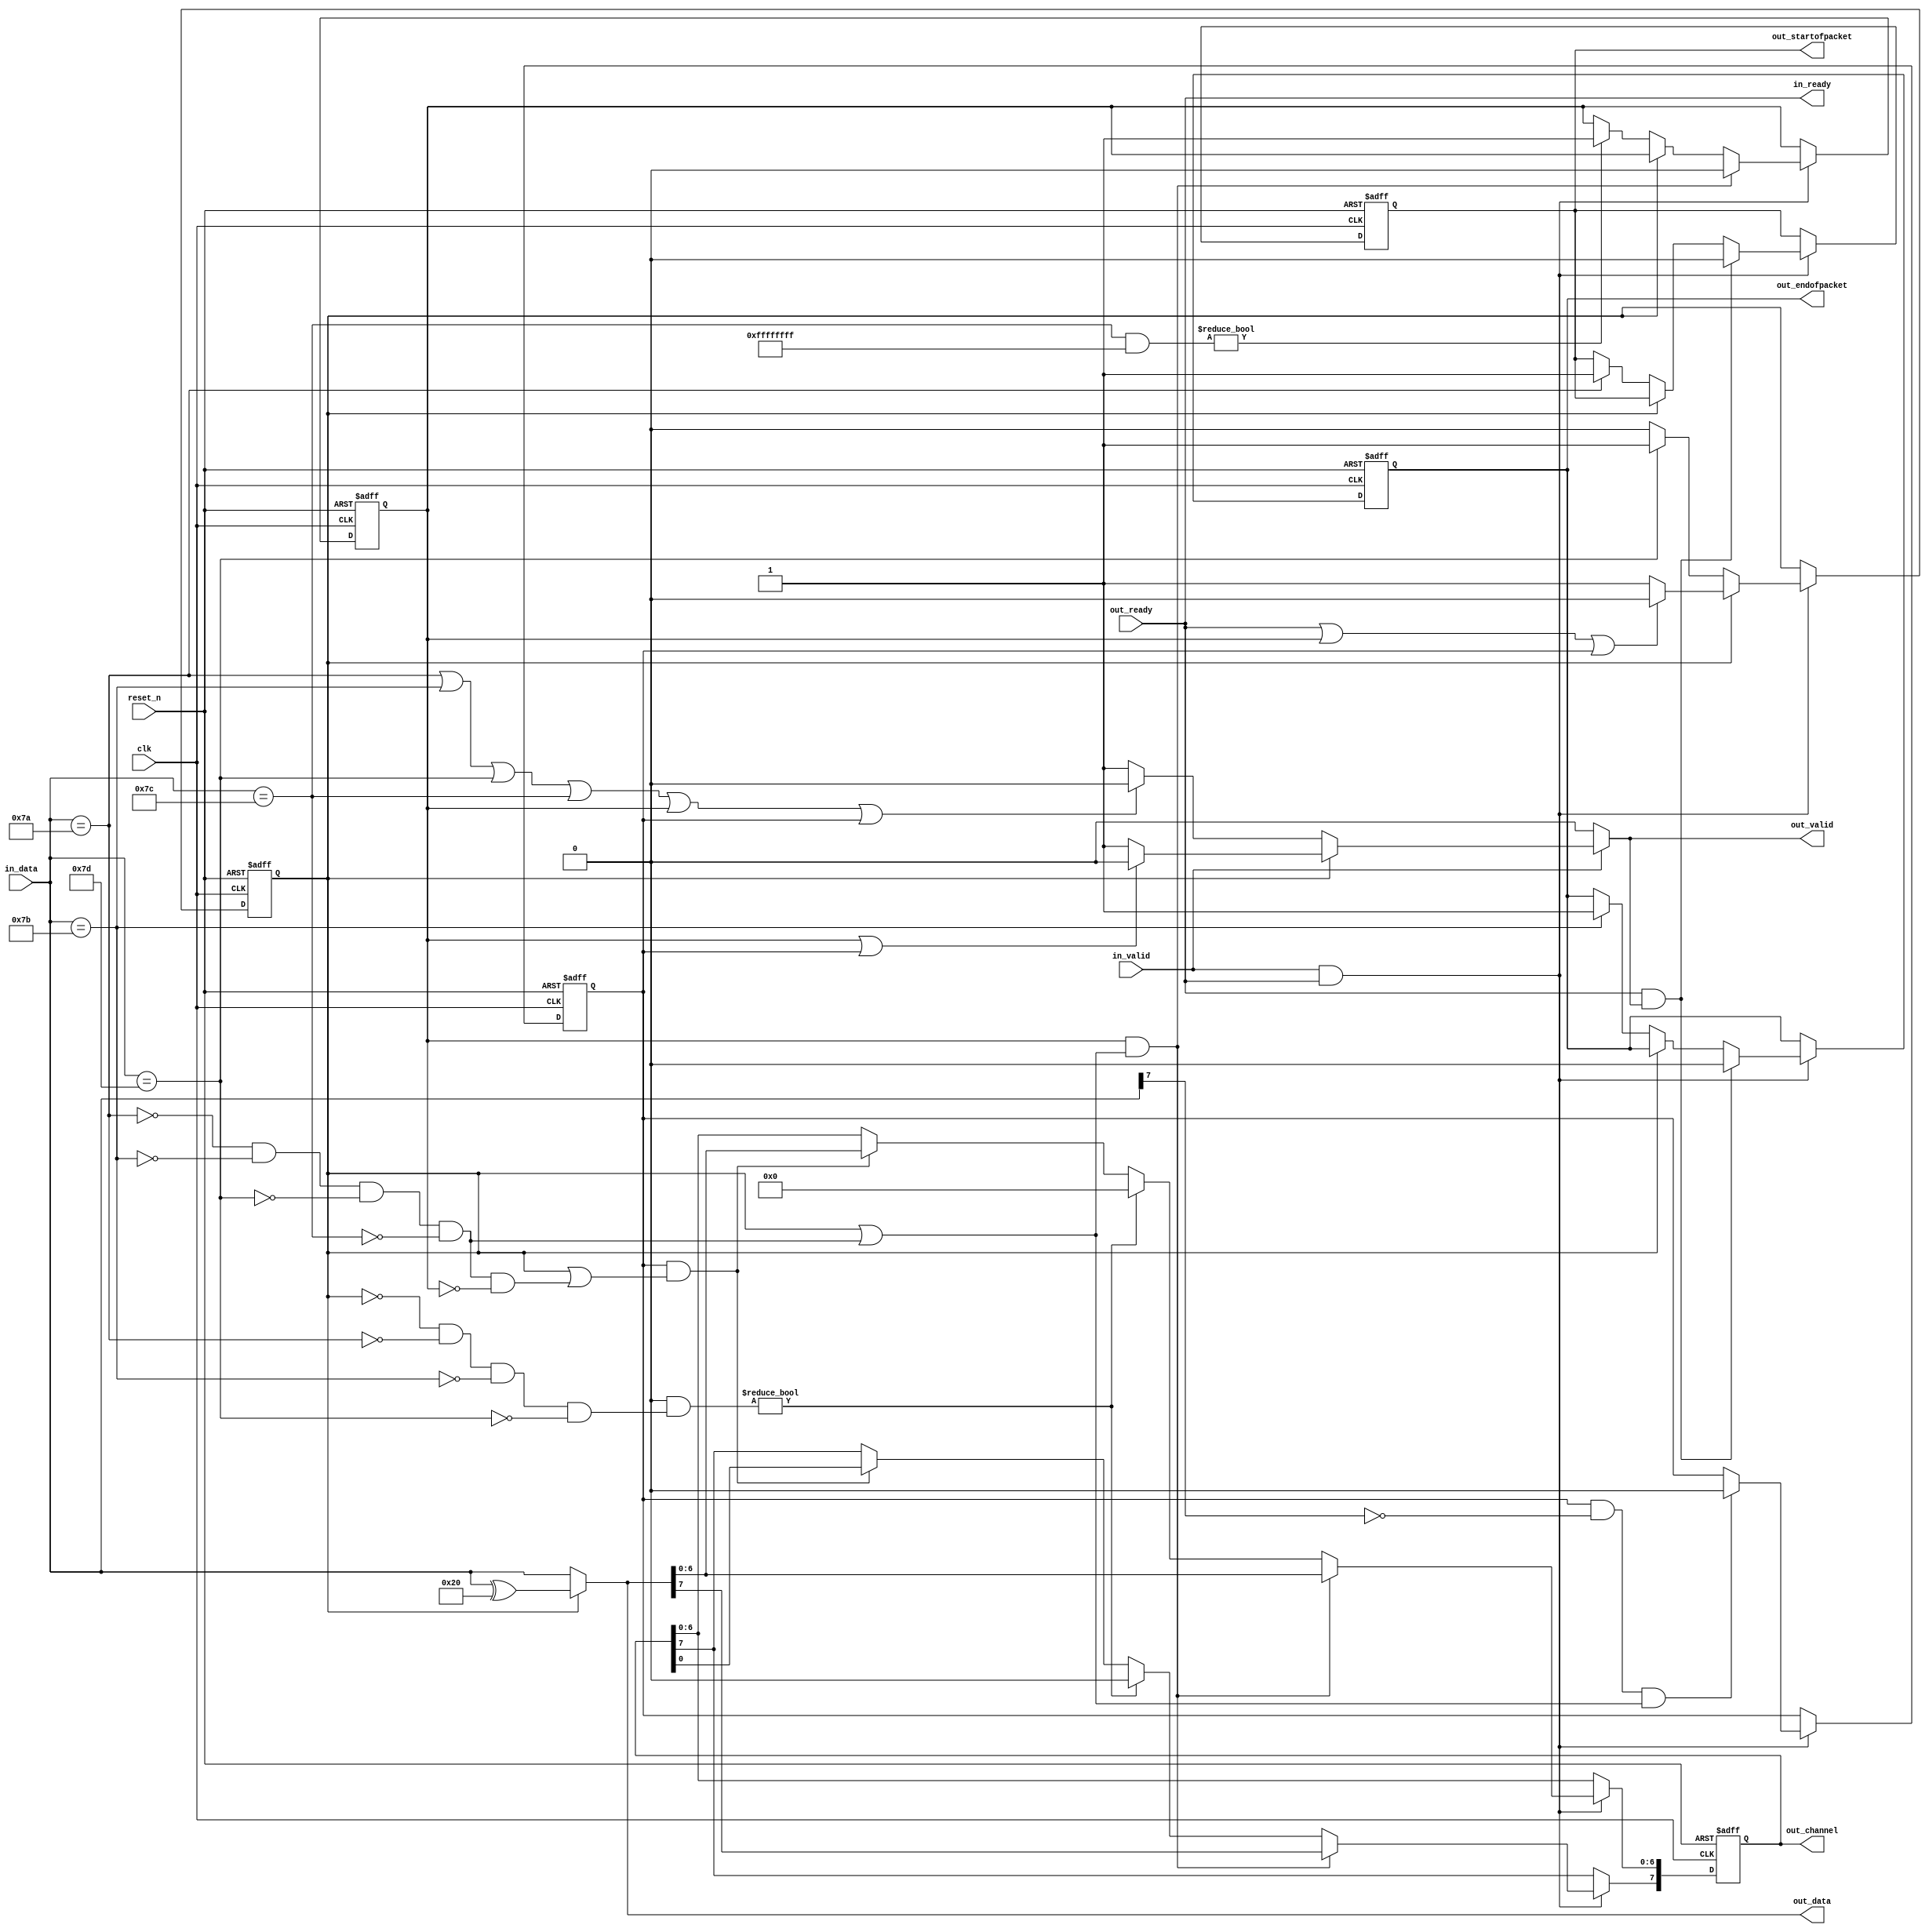
// --------------------------------------------------------------------------------
//| Avalon ST Bytes to Packet
// --------------------------------------------------------------------------------

`timescale 1ns / 100ps
module altera_avalon_st_bytes_to_packets
//if ENCODING ==0, CHANNEL_WIDTH must be 8 
//else CHANNEL_WIDTH can be from 0 to 127
#(    parameter CHANNEL_WIDTH = 8,
      parameter ENCODING      = 0 ) 
(
      // Interface: clk
      input              clk,
      input              reset_n,
      // Interface: ST out with packets
      input              out_ready,
      output reg         out_valid,
      output reg [7: 0]  out_data,
      output reg [CHANNEL_WIDTH-1: 0]  out_channel,
      output reg         out_startofpacket,
      output reg         out_endofpacket,

      // Interface: ST in 
      output reg         in_ready,
      input              in_valid,
      input      [7: 0]  in_data
);

   // ---------------------------------------------------------------------
   //| Signal Declarations
   // ---------------------------------------------------------------------

   reg  received_esc, received_channel, received_varchannel;
   wire escape_char, sop_char, eop_char, channel_char, varchannelesc_char;

   // data out mux.  
   // we need it twice (data & channel out), so use a wire here 
   wire [7:0] data_out;

   // ---------------------------------------------------------------------
   //| Thingofamagick
   // ---------------------------------------------------------------------

   assign sop_char     = (in_data == 8'h7a);
   assign eop_char     = (in_data == 8'h7b);
   assign channel_char = (in_data == 8'h7c);
   assign escape_char  = (in_data == 8'h7d);

   assign data_out = received_esc ? (in_data ^ 8'h20) : in_data;

generate
if (CHANNEL_WIDTH == 0) begin
    // Synchorous block -- reset and registers 
    always @(posedge clk or negedge reset_n) begin
      if (!reset_n) begin
         received_esc      <= 0;
         out_startofpacket <= 0;
         out_endofpacket   <= 0;
      end else begin
         // we take data when in_valid and in_ready
         if (in_valid & in_ready) begin
            if (received_esc) begin
               //if we got esc char, after next byte is consumed, quit esc mode
               if (out_ready) received_esc <= 0;
            end else begin
               if (escape_char)    received_esc      <= 1;
               if (sop_char)       out_startofpacket <= 1;
               if (eop_char)       out_endofpacket   <= 1;
            end
            if (out_ready  & out_valid) begin
               out_startofpacket <= 0;
               out_endofpacket   <= 0;
            end 
         end
      end
   end

   // Combinational block for in_ready and out_valid
   always @* begin
      //we choose not to pipeline here.  We can process special characters when
      //in_ready, but in a chain of microcores, backpressure path is usually
      //time critical, so we keep it simple here.
      in_ready = out_ready;

      //out_valid when in_valid, except when we are processing the special
      //characters.  However, if we are in escape received mode, then we are
      //valid
      out_valid = 0;
      if ((out_ready | ~out_valid) && in_valid) begin
         out_valid = 1;
            if (sop_char | eop_char | escape_char | channel_char) out_valid = 0;
      end
      out_data = data_out; 
   end

end else begin
    assign varchannelesc_char = in_data[7];
    // Synchorous block -- reset and registers 
    always @(posedge clk or negedge reset_n) begin
      if (!reset_n) begin
         received_esc <= 0;
         received_channel <= 0;
         received_varchannel <= 0;
         out_startofpacket <= 0;
         out_endofpacket <= 0;
      end else begin
         // we take data when in_valid and in_ready
         if (in_valid & in_ready) begin
            if (received_esc) begin
               //if we got esc char, after next byte is consumed, quit esc mode
               if (out_ready | received_channel | received_varchannel) received_esc <= 0;
            end else begin
               if (escape_char)                received_esc        <= 1;
               if (sop_char)                   out_startofpacket   <= 1;
               if (eop_char)                   out_endofpacket     <= 1;
               if (channel_char & ENCODING )   received_varchannel <= 1;
               if (channel_char & ~ENCODING)   received_channel    <= 1;
            end
            if (received_channel & (received_esc | (~sop_char & ~eop_char & ~escape_char & ~channel_char ))) begin
               received_channel <= 0;
            end
            if (received_varchannel & ~varchannelesc_char & (received_esc | (~sop_char & ~eop_char & ~escape_char & ~channel_char))) begin
               received_varchannel <= 0;
            end
            if (out_ready  & out_valid) begin
               out_startofpacket <= 0;
               out_endofpacket <= 0;
            end 
         end
      end
   end

   // Combinational block for in_ready and out_valid
   always @* begin
      in_ready = out_ready;
      out_valid = 0;
      if ((out_ready | ~out_valid) && in_valid) begin
         out_valid = 1;
         if (received_esc) begin 
           if (received_channel | received_varchannel) out_valid = 0;
         end else begin
            if (sop_char | eop_char | escape_char | channel_char | received_channel | received_varchannel) out_valid = 0;
         end
      end
      out_data = data_out; 
   end
end 

endgenerate

// Channel block
generate
if (CHANNEL_WIDTH == 0) begin    
   always @(posedge clk) begin
      out_channel <= 'h0;
   end

end else if (CHANNEL_WIDTH < 8) begin
   always @(posedge clk or negedge reset_n) begin
      if (!reset_n) begin
         out_channel <= 'h0;
      end else begin
         if (in_ready & in_valid) begin
            if ((channel_char & ENCODING) & (~received_esc & ~sop_char & ~eop_char & ~escape_char )) begin
               out_channel <= 'h0;
            end else if (received_varchannel & (received_esc | (~sop_char & ~eop_char & ~escape_char & ~channel_char  & ~received_channel))) begin
               // Shifting out only the required bits
               out_channel[CHANNEL_WIDTH-1:0] <= data_out[CHANNEL_WIDTH-1:0];
            end
         end
      end
   end

end else begin   
   always @(posedge clk or negedge reset_n) begin
      if (!reset_n) begin
         out_channel <= 'h0;
      end else begin
         if (in_ready & in_valid) begin
            if (received_channel & (received_esc | (~sop_char & ~eop_char & ~escape_char & ~channel_char))) begin
               out_channel <= data_out;
            end else if ((channel_char & ENCODING) & (~received_esc & ~sop_char & ~eop_char & ~escape_char )) begin
               // Variable Channel Encoding always setting to 0 before begin to shift the channel in
               out_channel <= 'h0;
            end else if (received_varchannel & (received_esc | (~sop_char & ~eop_char & ~escape_char & ~channel_char  & ~received_channel))) begin
                // Shifting out the lower 7 bits
                out_channel <= out_channel <<7;
                out_channel[6:0] <= data_out[6:0];
            end
         end
      end
   end
   
end
endgenerate

endmodule